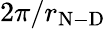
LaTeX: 2\pi/r_{\mathrm{N-D}}